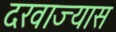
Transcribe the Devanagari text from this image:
दरवाज्यास